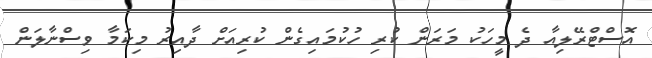
އޮސްޓްރޭލިއާ ދެ މީހަކު މަރަން ކުރި ހުކުމައިގެން ކުރިއަށް ދާއިރު މިކަމާ ވިސްނާލަން